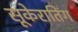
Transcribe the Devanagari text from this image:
सूकेरातिंग